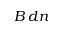
B \, d n